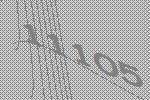
11105